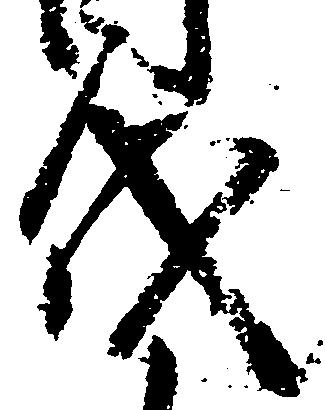
代